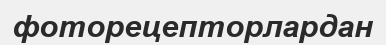
фоторецепторлардан